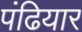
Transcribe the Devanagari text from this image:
पंढियार